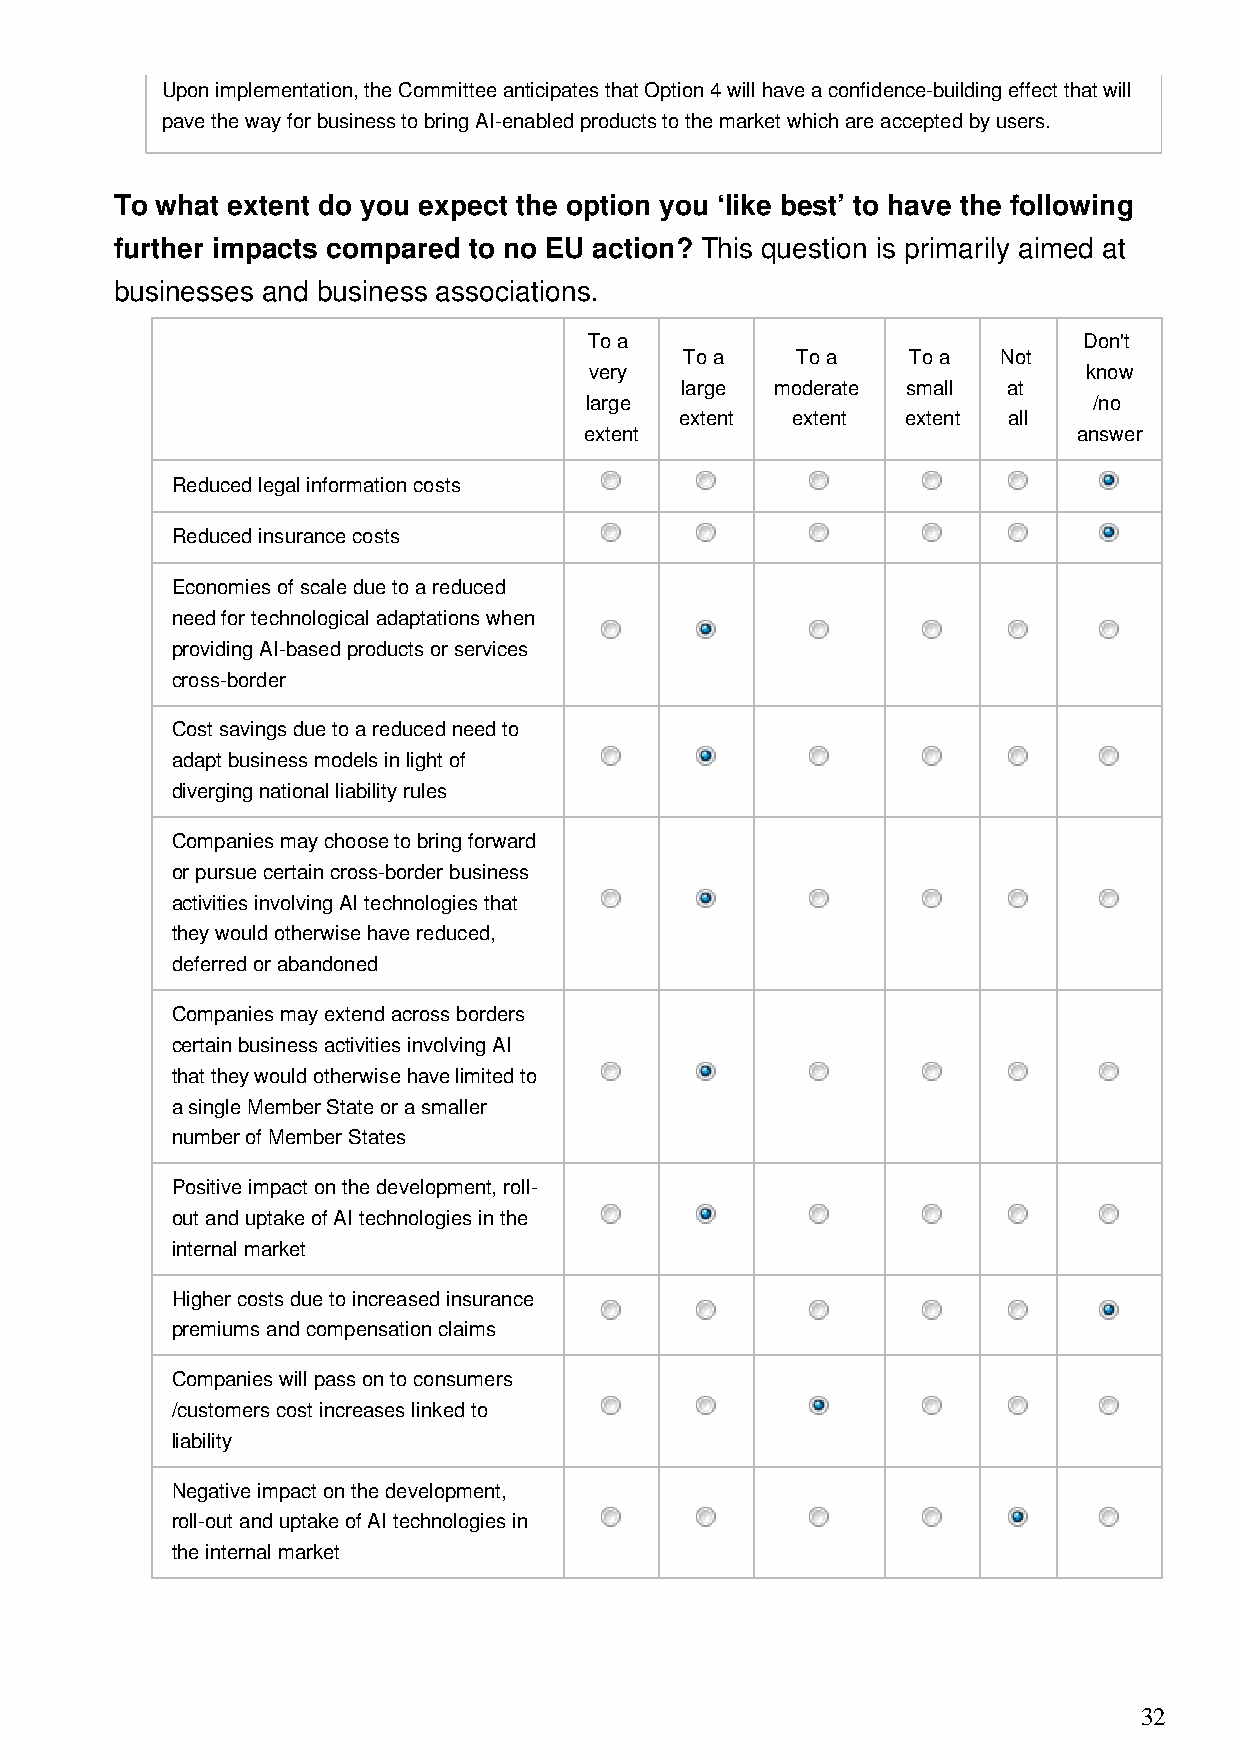
Upon implementation, the Committee anticipates that Option 4 will have a confidence-building effect that will
 pave the way for business to bring AI-enabled products to the market which are accepted by users.
 To what extent do you expect the option you ‘like best’ to have the following
 further impacts compared to no EU action? This question is primarily aimed at
 businesses and business associations.
 To a                             Don't
 To a    To a   To a  Not
 very                             know
 large moderate small  at
 large                            /no
 extent extent  extent all
 extent                          answer
 Reduced legal information costs
 Reduced insurance costs
 Economies of scale due to a reduced
 need for technological adaptations when
 providing AI-based products or services
 cross-border
 Cost savings due to a reduced need to
 adapt business models in light of
 diverging national liability rules
 Companies may choose to bring forward
 or pursue certain cross-border business
 activities involving AI technologies that
 they would otherwise have reduced,
 deferred or abandoned
 Companies may extend across borders
 certain business activities involving AI
 that they would otherwise have limited to
 a single Member State or a smaller
 number of Member States
 Positive impact on the development, roll-
 out and uptake of AI technologies in the
 internal market
 Higher costs due to increased insurance
 premiums and compensation claims
 Companies will pass on to consumers
 /customers cost increases linked to
 liability
 Negative impact on the development,
 roll-out and uptake of AI technologies in
 the internal market
 32